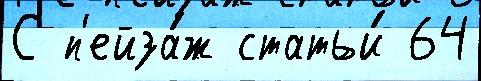
С п'ейза́ж статьи́ 64